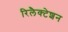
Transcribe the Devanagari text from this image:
रिलैक्टेशन